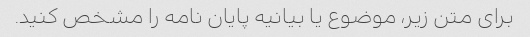
برای متن زیر، موضوع یا بیانیه پایان نامه را مشخص کنید.